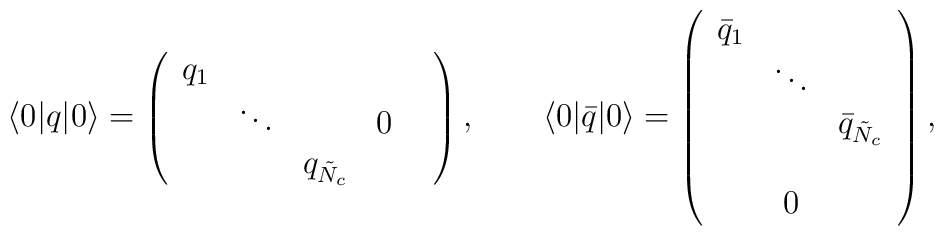
\langle 0| q |0\rangle = \left( \begin{array}{ccccc} q_1 &        &                 &   & \\     & \ddots &                 & 0 & \\     &        & q_{\tilde{N}_c} &   & \end{array}\right), \qquad\langle 0| {\bar q}|0 \rangle = \left( \begin{array}{ccc} \bar{q}_1 &        &                       \\           & \ddots &                       \\           &        & \bar{q}_{\tilde{N}_c} \\           &        &                       \\           &   0    &    \end{array}\right),